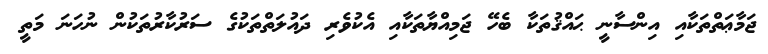
ޖަމާޢަތްތަކާއި އިންސާނީ ޙައްޤުތަކާ ބެހޭ ޖަމިއްޔާތަކާއި އެކުވެރި ދައުލަތްތަކުގެ ސަރުކާރުތަކުން ނުހަނަ މަތީ